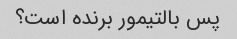
پس بالتیمور برنده است؟